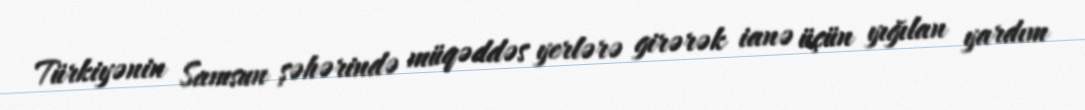
Türkiyənin Samsun şəhərində müqəddəs yerlərə girərək ianə üçün yığılan yardım